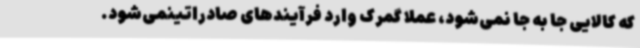
که کالایی جا به جا نمی‌شود، عملا گمرک وارد فرآیندهای صادراتینمی‌شود.